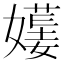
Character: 𡢯